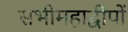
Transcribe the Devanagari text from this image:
सभीमहाद्वीपों